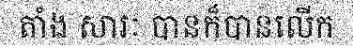
តាំង សារៈ បានក៏បានលើក